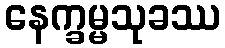
နေက္ခမ္မသုခဿ